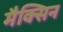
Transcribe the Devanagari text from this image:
मैक्सिन